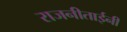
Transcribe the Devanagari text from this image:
राजनीताईनी